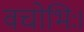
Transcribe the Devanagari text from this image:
वचोभिः।